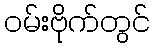
ဝမ်းဗိုက်တွင်